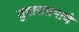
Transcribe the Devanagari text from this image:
तुषाराप्रमाणे